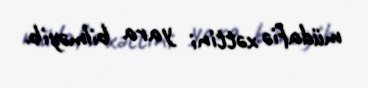
müdafiə xəttini yara bilməyib.